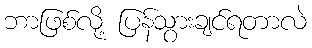
ဘာဖြစ်လို့ ပြန်သွားချင်ရတာလဲ